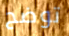
توضح